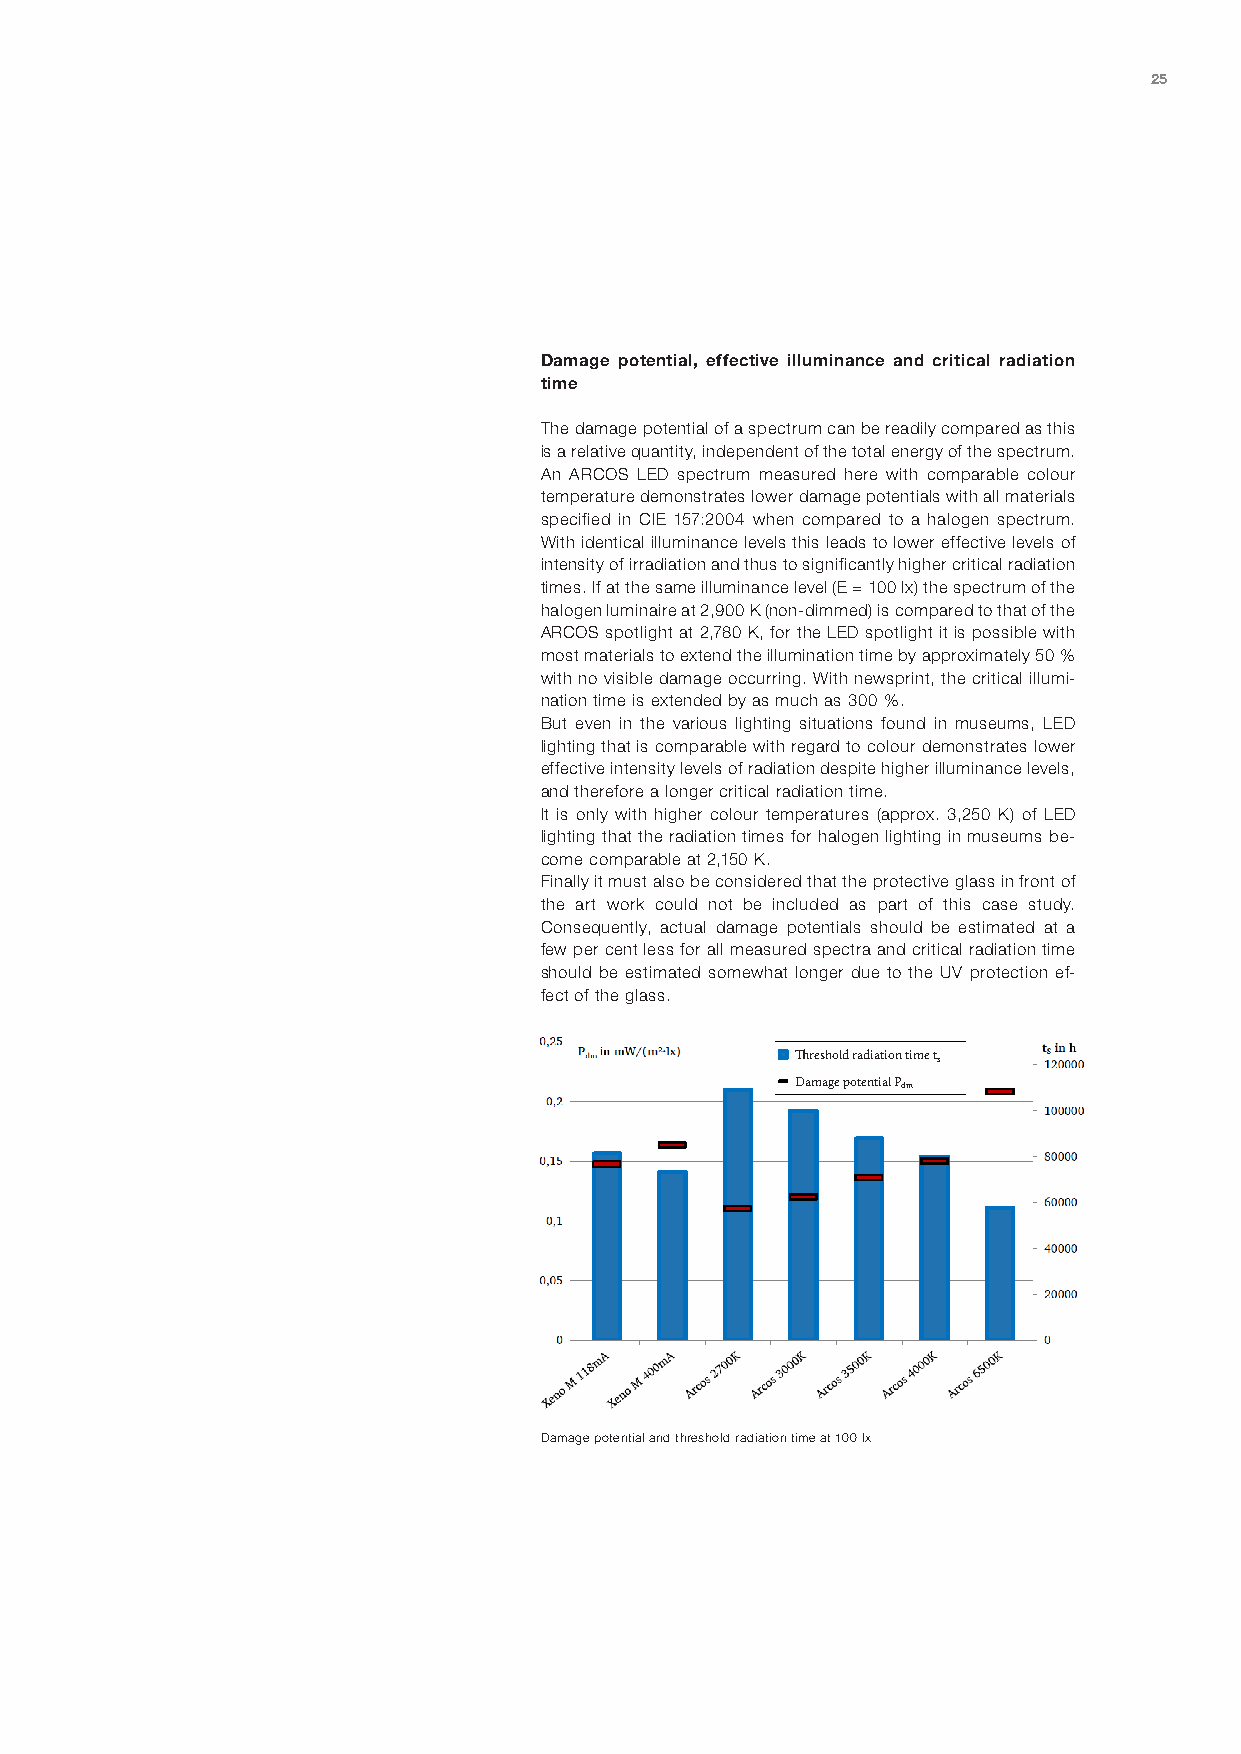
25
 Damage potential, effective illuminance and critical radiation
 time
 The damage potential of a spectrum can be readily compared as this
 is a relative quantity, independent of the total energy of the spectrum.
 An ARCOS LED spectrum measured here with comparable colour
 temperature demonstrates lower damage potentials with all materials
 specified in CIE 157:2004 when compared to a halogen spectrum.
 With identical illuminance levels this leads to lower effective levels of
 intensity of irradiation and thus to significantly higher critical radiation
 times. If at the same illuminance level (E = 100 lx) the spectrum of the
 halogen luminaire at 2,900 K (non-dimmed) is compared to that of the
 ARCOS spotlight at 2,780 K, for the LED spotlight it is possible with
 most materials to extend the illumination time by approximately 50 %
 with no visible damage occurring. With newsprint, the critical illumi-
 nation time is extended by as much as 300 %.
 But even in the various lighting situations found in museums, LED
 lighting that is comparable with regard to colour demonstrates lower
 effective intensity levels of radiation despite higher illuminance levels,
 and therefore a longer critical radiation time.
 It is only with higher colour temperatures (approx. 3,250 K) of LED
 lighting that the radiation times for halogen lighting in museums be-
 come comparable at 2,150 K.
 Finally it must also be considered that the protective glass in front of
 the art work could not be included as part of this case study.
 Consequently, actual damage potentials should be estimated at a
 few per cent less for all measured spectra and critical radiation time
 should be estimated somewhat longer due to the UV protection ef-
 fect of the glass.
 Threshold radiation time ts
 Damage potential Pdm
 Damage potential and threshold radiation time at 100 lx